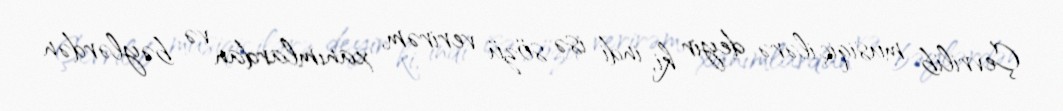
Çevrilib musiqiçilərə deyir ki, indi isə sözü verirəm, xanımlardan və bəylərdən